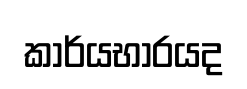
කාර්යභාරයද